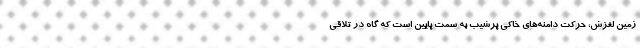
زمین لغزش، حرکت دامنه‌های خاکی پرشیب به سمت پایین است که گاه در تلاقی